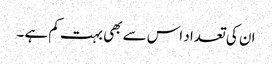
ان کی تعداد اس سے بھی بہت کم ہے ۔